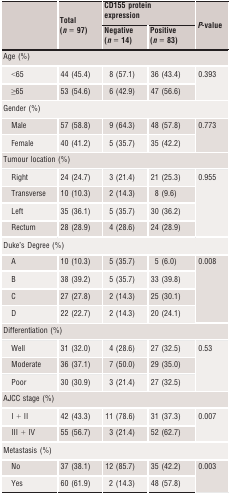
<table><thead><tr><td rowspan="2"></td><td rowspan="2"><b>Total (<i>n</i> = 97)</b></td><td colspan="2"><b>CD155 protein expression</b></td><td rowspan="2"><b><i>P</i>‐value</b></td></tr><tr><td><b>Negative (<i>n</i> = 14)</b></td><td><b>Positive (<i>n</i> = 83)</b></td></tr></thead><tbody><tr><td colspan="5">Age (%)</td></tr><tr><td>&lt;65</td><td>44 (45.4)</td><td>8 (57.1)</td><td>36 (43.4)</td><td rowspan="2">0.393</td></tr><tr><td>≥65</td><td>53 (54.6)</td><td>6 (42.9)</td><td>47 (56.6)</td></tr><tr><td colspan="5">Gender (%)</td></tr><tr><td>Male</td><td>57 (58.8)</td><td>9 (64.3)</td><td>48 (57.8)</td><td rowspan="2">0.773</td></tr><tr><td>Female</td><td>40 (41.2)</td><td>5 (35.7)</td><td>35 (42.2)</td></tr><tr><td colspan="5">Tumour location (%)</td></tr><tr><td>Right</td><td>24 (24.7)</td><td>3 (21.4)</td><td>21 (25.3)</td><td rowspan="4">0.955</td></tr><tr><td>Transverse</td><td>10 (10.3)</td><td>2 (14.3)</td><td>8 (9.6)</td></tr><tr><td>Left</td><td>35 (36.1)</td><td>5 (35.7)</td><td>30 (36.2)</td></tr><tr><td>Rectum</td><td>28 (28.9)</td><td>4 (28.6)</td><td>24 (28.9)</td></tr><tr><td colspan="5">Duke&#x27;s Degree (%)</td></tr><tr><td>A</td><td>10 (10.3)</td><td>5 (35.7)</td><td>5 (6.0)</td><td rowspan="4">0.008</td></tr><tr><td>B</td><td>38 (39.2)</td><td>5 (35.7)</td><td>33 (39.8)</td></tr><tr><td>C</td><td>27 (27.8)</td><td>2 (14.3)</td><td>25 (30.1)</td></tr><tr><td>D</td><td>22 (22.7)</td><td>2 (14.3)</td><td>20 (24.1)</td></tr><tr><td colspan="5">Differentiation (%)</td></tr><tr><td>Well</td><td>31 (32.0)</td><td>4 (28.6)</td><td>27 (32.5)</td><td rowspan="3">0.53</td></tr><tr><td>Moderate</td><td>36 (37.1)</td><td>7 (50.0)</td><td>29 (35.0)</td></tr><tr><td>Poor</td><td>30 (30.9)</td><td>3 (21.4)</td><td>27 (32.5)</td></tr><tr><td colspan="5">AJCC stage (%)</td></tr><tr><td>I + II</td><td>42 (43.3)</td><td>11 (78.6)</td><td>31 (37.3)</td><td rowspan="2">0.007</td></tr><tr><td>III + IV</td><td>55 (56.7)</td><td>3 (21.4)</td><td>52 (62.7)</td></tr><tr><td colspan="5">Metastasis (%)</td></tr><tr><td>No</td><td>37 (38.1)</td><td>12 (85.7)</td><td>35 (42.2)</td><td rowspan="2">0.003</td></tr><tr><td>Yes</td><td>60 (61.9)</td><td>2 (14.3)</td><td>48 (57.8)</td></tr></tbody></table>